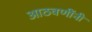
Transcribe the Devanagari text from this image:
आठवणींनी